Lunatic asylums in Bengal annual reports 1888-1898 - 1888-1898
Year: 1888
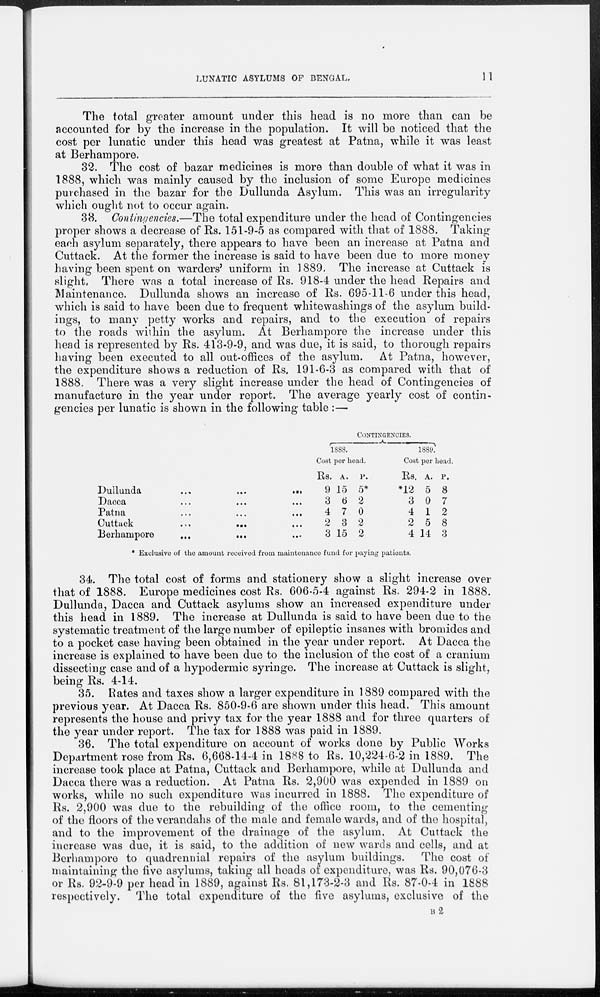
LUNATIC ASYLUMS OF BENGAL.
11
The total greater amount under this head is no more than can be
accounted for by the increase in the population. It will be noticed that the
cost per lunatic under this head was greatest at Patna, while it was least
at Berhampore.
32. The cost of bazar medicines is more than double of what it was in
1888, which was mainly caused by the inclusion of some Europe medicines
purchased in the bazar for the Dullunda Asylum. This was an irregularity
which ought not to occur again.
33. Contingencies.—The total expenditure under the head of Contingencies
proper shows a decrease of Rs. 151-9-5 as compared with that of 1888. Taking
each asylum separately, there appears to have been an increase at Patna and
Cuttack. At the former the increase is said to have been due to more money
having been spent on warders' uniform in 1889. The increase at Cuttack is
slight. There was a total increase of Rs. 918-4 under the head Repairs and
Maintenance. Dullunda shows an increase of Rs. 695-11-6 under this head,
which is said to have been due to frequent whitewashings of the asylum build-
ings, to many petty works and repairs, and to the execution of repairs
to the roads within the asylum. At Berhampore the increase under this
head is represented by Rs. 413-9-9, and was due, it is said, to thorough repairs
having been executed to all out-offices of the asylum. At Patna, however,
the expenditure shows a reduction of Rs. 191-6-3 as compared with that of
1888. There was a very slight increase under the head of Contingencies of
manufacture in the year under report. The average yearly cost of contin-
gencies per lunatic is shown in the following table :—
Dullunda
...
...
...
Dacca ... ... ...
Patna ... ... ...
Cuttack
...
...
...
Berhampore ... ... ...
CONTINGENCIES.
1888.
Cost per head.
Rs.
9
3
4
2
3
A.
15
6
7
3
15
P.
5*
2
0
2
2
1889.
Cost per head.
Rs.
*12
3
4
2
4
A.
5
0
1
5
14
P.
8
7
2
8
3
* Exclusive of the amount received from maintenance fund for paying patients.
34. The total cost of forms and stationery show a slight increase over
that of 1888. Europe medicines cost Rs. 606-5-4 against Rs. 294.2 in 1888.
Dullunda, Dacca and Cuttack asylums show an increased expenditure under
this head in 1889. The increase at Dullunda is said to have been due to the
systematic treatment of the large number of epileptic insanes with bromides and
to a pocket case having been obtained in the year under report. At Dacca the
increase is explained to have been due to the inclusion of the cost of a cranium
dissecting case and of a hypodermic syringe. The increase at Cuttack is slight,
being Rs. 4-14.
35. Rates and taxes show a larger expenditure in 1889 compared with the
previous year. At Dacca Rs. 850-9-6 are shown under this head. This amount
represents the house and privy tax for the year 1888 and for three quarters of
the year under report. The tax for 1888 was paid in 1889.
36. The total expenditure on account of works done by Public Works
Department rose from Rs. 6,668-14-4 in 1888 to Rs. 10,224-6-2 in 1889. The
increase took place at Patna, Cuttack and Berhampore, while at Dullunda and
Dacca there was a reduction. At Patna Rs. 2,900 was expended in 1889 on
works, while no such expenditure was incurred in 1888. The expenditure of
Rs. 2,900 was due to the rebuilding of the office room, to the cementing
of the floors of the verandahs of the male and female wards, and of the hospital,
and to the improvement of the drainage of the asylum. At Cuttack the
increase was due, it is said, to the addition of new wards and cells, and at
Berhampore to quadrennial repairs of the asylum buildings. The cost of
maintaining the five asylums, taking all heads of expenditure, was Rs. 90,076-3
or Rs. 92-9-9 per head in 1889, against Rs. 81,173-2-3 and Rs. 87-0-4 in 1888
respectively. The total expenditure of the five asylums, exclusive of the
B 2